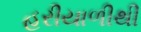
હરીયાળીથી